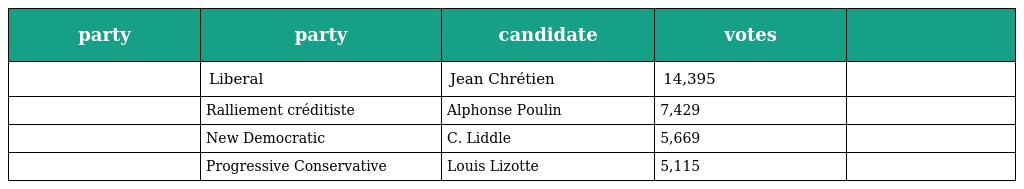
| party | party | candidate | votes |  |
 | --- | --- | --- | --- | --- |
 |  | Liberal | Jean Chrétien | 14,395 |  |
 |  | Ralliement créditiste | Alphonse Poulin | 7,429 |  |
 |  | New Democratic | C. Liddle | 5,669 |  |
 |  | Progressive Conservative | Louis Lizotte | 5,115 |  |